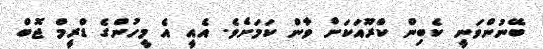
ބޭނުންވަނީ ކެބިން ކްރޫއަކަށް ވާން ކަމަށެވެ. އެއީ އެ މީހުންގެ ޑްރީމް ޖޮބް